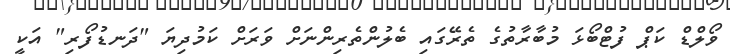
ވޯލްޑް ކަޕް ފުޓްބޯޅަ މުބާރާތުގެ ތެރޭގައި ބެލުންތެރިންނަށް ވަރަށް ކަމުދިޔަ "ދަނޑުފޯރި" އަކީ